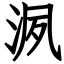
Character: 洬